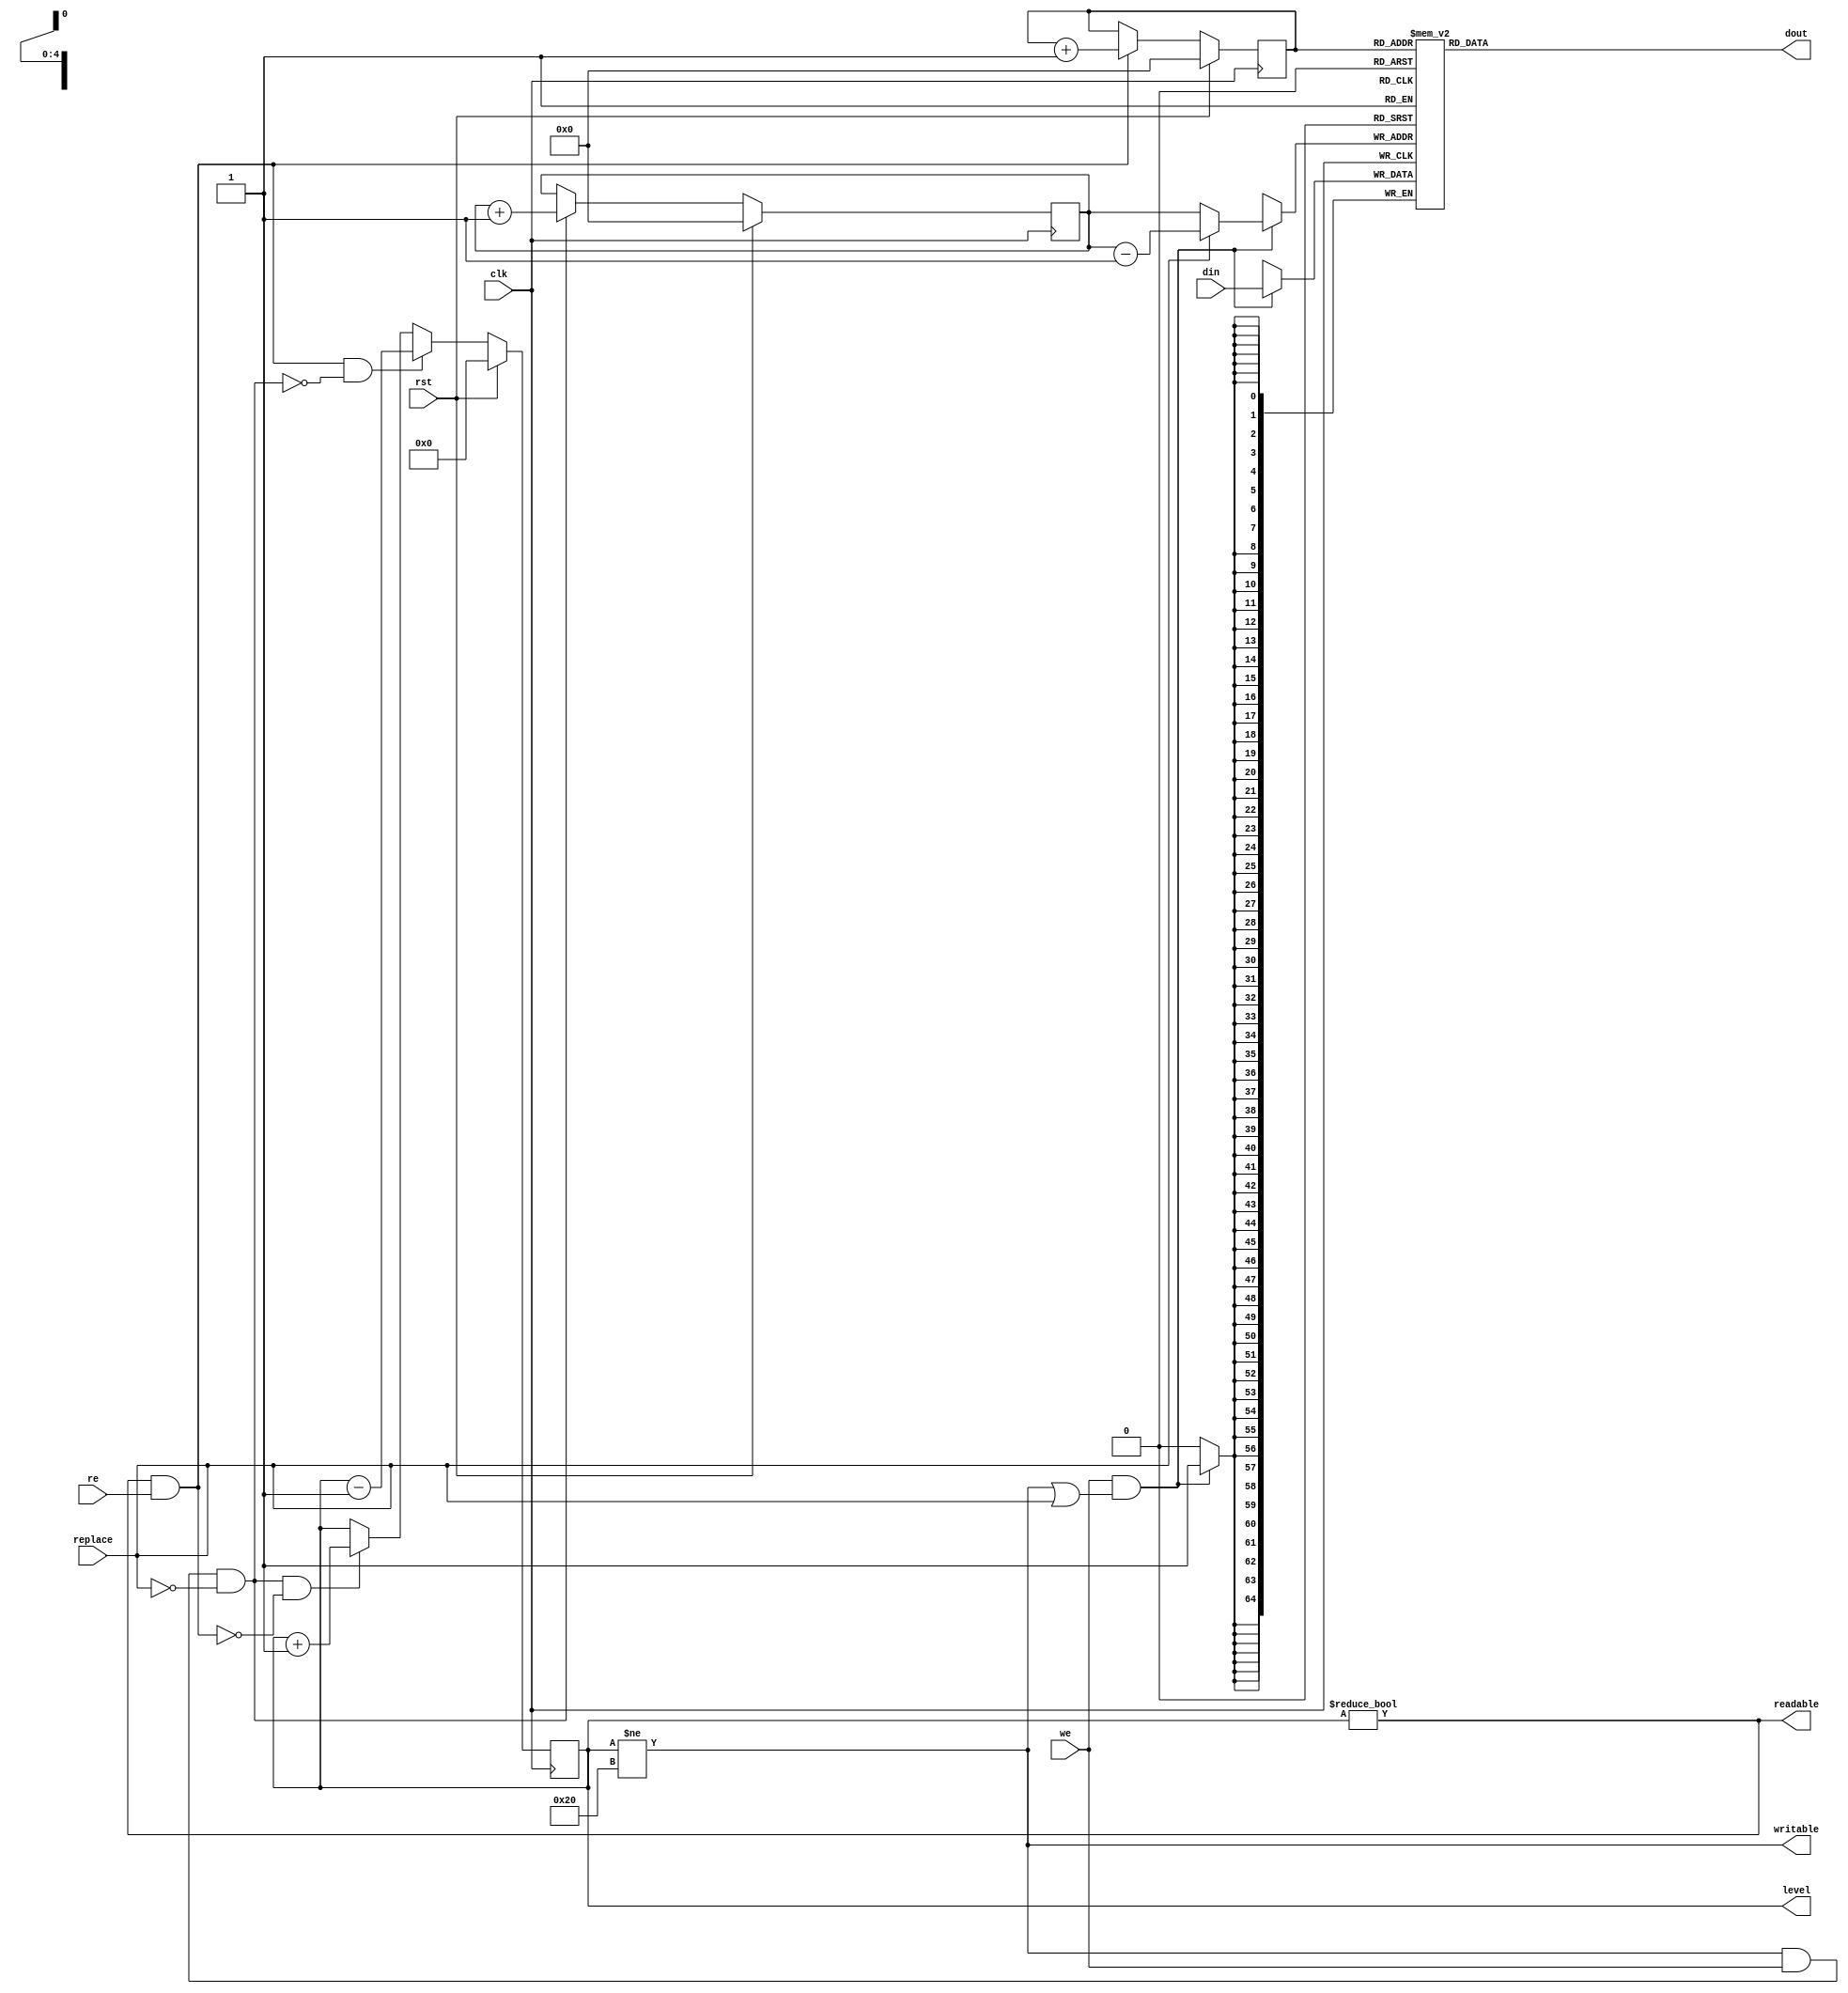
/* Generated by Yosys 0.8+     369 (git sha1 ea0e0722, clang 10.0.1 -fPIC -Os) */

(* \nmigen.hierarchy  = "top.fifo" *)
(* generator = "nMigen" *)
module fifo(we, replace, re, rst, clk, writable, readable, dout, level, din);
  wire \$11 ;
  wire \$13 ;
  wire \$15 ;
  wire \$17 ;
  wire [5:0] \$19 ;
  wire \$2 ;
  wire [5:0] \$20 ;
  wire \$22 ;
  wire [5:0] \$24 ;
  wire [5:0] \$25 ;
  wire \$27 ;
  wire \$29 ;
  wire \$31 ;
  wire \$33 ;
  wire \$34 ;
  wire \$37 ;
  wire [6:0] \$39 ;
  wire \$4 ;
  wire [6:0] \$40 ;
  wire \$42 ;
  wire \$44 ;
  wire \$45 ;
  wire \$47 ;
  wire \$49 ;
  wire \$52 ;
  wire [6:0] \$54 ;
  wire [6:0] \$55 ;
  wire [5:0] \$6 ;
  wire [5:0] \$7 ;
  wire \$9 ;
  (* src = "nmigen/lib/fifo.py:156" *)
  reg [4:0] \$next\consume ;
  (* src = "nmigen/lib/fifo.py:69" *)
  reg [64:0] \$next\dout ;
  (* src = "nmigen/lib/fifo.py:138" *)
  reg [5:0] \$next\level ;
  (* src = "nmigen/lib/fifo.py:155" *)
  reg [4:0] \$next\produce ;
  (* src = "nmigen/hdl/mem.py:81" *)
  reg [4:0] \$next\rdport_storage_r_addr ;
  (* src = "nmigen/lib/fifo.py:70" *)
  reg \$next\readable ;
  (* src = "nmigen/lib/fifo.py:66" *)
  reg \$next\writable ;
  (* src = "nmigen/hdl/mem.py:146" *)
  reg [4:0] \$next\wrport_storage_w_addr ;
  (* src = "nmigen/hdl/mem.py:148" *)
  reg [64:0] \$next\wrport_storage_w_data ;
  (* src = "nmigen/hdl/mem.py:150" *)
  reg \$next\wrport_storage_w_en ;
  (* src = "nmigen/hdl/mem.py:160" *)
  input clk;
  (* init = 5'h00 *)
  (* src = "nmigen/lib/fifo.py:156" *)
  reg [4:0] consume = 5'h00;
  (* src = "nmigen/lib/fifo.py:65" *)
  input [64:0] din;
  (* src = "nmigen/lib/fifo.py:69" *)
  output [64:0] dout;
  (* init = 6'h00 *)
  (* src = "nmigen/lib/fifo.py:138" *)
  output [5:0] level;
  reg [5:0] level = 6'h00;
  (* init = 5'h00 *)
  (* src = "nmigen/lib/fifo.py:155" *)
  reg [4:0] produce = 5'h00;
  (* src = "nmigen/hdl/mem.py:81" *)
  wire [4:0] rdport_storage_r_addr;
  (* src = "nmigen/hdl/mem.py:83" *)
  wire [64:0] rdport_storage_r_data;
  (* src = "nmigen/lib/fifo.py:71" *)
  input re;
  (* src = "nmigen/lib/fifo.py:70" *)
  output readable;
  (* src = "nmigen/lib/fifo.py:139" *)
  input replace;
  (* src = "nmigen/hdl/ir.py:329" *)
  input rst;
  (* src = "nmigen/lib/fifo.py:67" *)
  input we;
  (* src = "nmigen/lib/fifo.py:66" *)
  output writable;
  (* src = "nmigen/hdl/mem.py:146" *)
  wire [4:0] wrport_storage_w_addr;
  (* src = "nmigen/hdl/mem.py:148" *)
  wire [64:0] wrport_storage_w_data;
  (* src = "nmigen/hdl/mem.py:150" *)
  wire wrport_storage_w_en;
  assign \$9  = writable | (* src = "nmigen/lib/fifo.py:161" *) replace;
  assign \$11  = we & (* src = "nmigen/lib/fifo.py:161" *) \$9 ;
  assign \$13  = writable & (* src = "nmigen/lib/fifo.py:149" *) we;
  assign \$15  = ~ (* src = "nmigen/lib/fifo.py:149" *) replace;
  assign \$17  = \$13  & (* src = "nmigen/lib/fifo.py:149" *) \$15 ;
  assign \$20  = produce + (* src = "nmigen/lib/fifo.py:93" *) 1'h1;
  assign \$22  = readable & (* src = "nmigen/lib/fifo.py:148" *) re;
  assign \$25  = consume + (* src = "nmigen/lib/fifo.py:93" *) 1'h1;
  assign \$27  = writable & (* src = "nmigen/lib/fifo.py:149" *) we;
  assign \$2  = level != (* src = "nmigen/lib/fifo.py:144" *) 6'h20;
  assign \$29  = ~ (* src = "nmigen/lib/fifo.py:149" *) replace;
  assign \$31  = \$27  & (* src = "nmigen/lib/fifo.py:149" *) \$29 ;
  assign \$34  = readable & (* src = "nmigen/lib/fifo.py:148" *) re;
  assign \$33  = ~ (* src = "nmigen/lib/fifo.py:177" *) \$34 ;
  assign \$37  = \$31  & (* src = "nmigen/lib/fifo.py:177" *) \$33 ;
  assign \$40  = level + (* src = "nmigen/lib/fifo.py:178" *) 1'h1;
  assign \$42  = readable & (* src = "nmigen/lib/fifo.py:148" *) re;
  assign \$45  = writable & (* src = "nmigen/lib/fifo.py:149" *) we;
  assign \$47  = ~ (* src = "nmigen/lib/fifo.py:149" *) replace;
  assign \$4  = level != (* src = "nmigen/lib/fifo.py:145" *) 1'h0;
  assign \$49  = \$45  & (* src = "nmigen/lib/fifo.py:149" *) \$47 ;
  assign \$44  = ~ (* src = "nmigen/lib/fifo.py:179" *) \$49 ;
  assign \$52  = \$42  & (* src = "nmigen/lib/fifo.py:179" *) \$44 ;
  assign \$55  = level - (* src = "nmigen/lib/fifo.py:180" *) 1'h1;
  assign \$7  = produce - (* src = "nmigen/lib/fifo.py:100" *) 1'h1;
  always @(posedge clk)
      level <= \$next\level ;
  always @(posedge clk)
      consume <= \$next\consume ;
  always @(posedge clk)
      produce <= \$next\produce ;
  reg [64:0] storage [31:0];
  initial begin
    storage[0] = 65'h00000000000000000;
    storage[1] = 65'h00000000000000000;
    storage[2] = 65'h00000000000000000;
    storage[3] = 65'h00000000000000000;
    storage[4] = 65'h00000000000000000;
    storage[5] = 65'h00000000000000000;
    storage[6] = 65'h00000000000000000;
    storage[7] = 65'h00000000000000000;
    storage[8] = 65'h00000000000000000;
    storage[9] = 65'h00000000000000000;
    storage[10] = 65'h00000000000000000;
    storage[11] = 65'h00000000000000000;
    storage[12] = 65'h00000000000000000;
    storage[13] = 65'h00000000000000000;
    storage[14] = 65'h00000000000000000;
    storage[15] = 65'h00000000000000000;
    storage[16] = 65'h00000000000000000;
    storage[17] = 65'h00000000000000000;
    storage[18] = 65'h00000000000000000;
    storage[19] = 65'h00000000000000000;
    storage[20] = 65'h00000000000000000;
    storage[21] = 65'h00000000000000000;
    storage[22] = 65'h00000000000000000;
    storage[23] = 65'h00000000000000000;
    storage[24] = 65'h00000000000000000;
    storage[25] = 65'h00000000000000000;
    storage[26] = 65'h00000000000000000;
    storage[27] = 65'h00000000000000000;
    storage[28] = 65'h00000000000000000;
    storage[29] = 65'h00000000000000000;
    storage[30] = 65'h00000000000000000;
    storage[31] = 65'h00000000000000000;
  end
  always @(posedge clk) begin
    if (\$next\wrport_storage_w_en ) storage[\$next\wrport_storage_w_addr ] <= \$next\wrport_storage_w_data ;
  end
  assign rdport_storage_r_data = storage[\$next\rdport_storage_r_addr ];
  always @* begin
    \$next\writable  = 1'h0;
    \$next\writable  = \$2 ;
  end
  always @* begin
    \$next\readable  = 1'h0;
    \$next\readable  = \$4 ;
  end
  always @* begin
    \$next\wrport_storage_w_addr  = 5'h00;
    \$next\wrport_storage_w_addr  = produce;
    casez (replace)
      1'h1:
          \$next\wrport_storage_w_addr  = \$6 [4:0];
    endcase
  end
  always @* begin
    \$next\wrport_storage_w_data  = 65'h00000000000000000;
    \$next\wrport_storage_w_data  = din;
  end
  always @* begin
    \$next\wrport_storage_w_en  = 1'h0;
    \$next\wrport_storage_w_en  = \$11 ;
  end
  always @* begin
    \$next\produce  = produce;
    casez (\$17 )
      1'h1:
          \$next\produce  = \$19 [4:0];
    endcase
    casez (rst)
      1'h1:
          \$next\produce  = 5'h00;
    endcase
  end
  always @* begin
    \$next\rdport_storage_r_addr  = 5'h00;
    \$next\rdport_storage_r_addr  = consume;
  end
  always @* begin
    \$next\dout  = 65'h00000000000000000;
    \$next\dout  = rdport_storage_r_data;
  end
  always @* begin
    \$next\consume  = consume;
    casez (\$22 )
      1'h1:
          \$next\consume  = \$24 [4:0];
    endcase
    casez (rst)
      1'h1:
          \$next\consume  = 5'h00;
    endcase
  end
  always @* begin
    \$next\level  = level;
    casez (\$37 )
      1'h1:
          \$next\level  = \$39 [5:0];
    endcase
    casez (\$52 )
      1'h1:
          \$next\level  = \$54 [5:0];
    endcase
    casez (rst)
      1'h1:
          \$next\level  = 6'h00;
    endcase
  end
  assign \$6  = \$7 ;
  assign \$19  = \$20 ;
  assign \$24  = \$25 ;
  assign \$39  = \$40 ;
  assign \$54  = \$55 ;
  assign dout = \$next\dout ;
  assign rdport_storage_r_addr = \$next\rdport_storage_r_addr ;
  assign wrport_storage_w_en = \$next\wrport_storage_w_en ;
  assign wrport_storage_w_data = \$next\wrport_storage_w_data ;
  assign wrport_storage_w_addr = \$next\wrport_storage_w_addr ;
  assign readable = \$next\readable ;
  assign writable = \$next\writable ;
endmodule

(* \nmigen.hierarchy  = "top" *)
(* top =  1  *)
(* generator = "nMigen" *)
module top(end_in, data_in, read, replace, rst, clk, data_out, end_out, valid_out, writable, readable, writable16, readable16, valid_in);
  wire \$1 ;
  wire \$3 ;
  (* src = "axihp_fifo.py:11" *)
  reg [63:0] \$next\data_out ;
  (* src = "axihp_fifo.py:14" *)
  reg \$next\end_out ;
  (* src = "nmigen/lib/fifo.py:65" *)
  reg [64:0] \$next\fifo_din ;
  (* src = "nmigen/lib/fifo.py:71" *)
  reg \$next\fifo_re ;
  (* src = "nmigen/lib/fifo.py:67" *)
  reg \$next\fifo_we ;
  (* src = "axihp_fifo.py:22" *)
  reg \$next\readable ;
  (* src = "axihp_fifo.py:25" *)
  reg \$next\readable16 ;
  (* src = "axihp_fifo.py:17" *)
  reg \$next\valid_out ;
  (* src = "axihp_fifo.py:21" *)
  reg \$next\writable ;
  (* src = "axihp_fifo.py:24" *)
  reg \$next\writable16 ;
  (* src = "nmigen/hdl/mem.py:160" *)
  input clk;
  (* src = "axihp_fifo.py:10" *)
  input [63:0] data_in;
  (* src = "axihp_fifo.py:11" *)
  output [63:0] data_out;
  (* src = "axihp_fifo.py:13" *)
  input end_in;
  (* src = "axihp_fifo.py:14" *)
  output end_out;
  (* src = "nmigen/lib/fifo.py:65" *)
  wire [64:0] fifo_din;
  (* src = "nmigen/lib/fifo.py:69" *)
  wire [64:0] fifo_dout;
  (* src = "nmigen/lib/fifo.py:138" *)
  wire [5:0] fifo_level;
  (* src = "nmigen/lib/fifo.py:71" *)
  wire fifo_re;
  (* src = "nmigen/lib/fifo.py:70" *)
  wire fifo_readable;
  (* src = "nmigen/lib/fifo.py:67" *)
  wire fifo_we;
  (* src = "nmigen/lib/fifo.py:66" *)
  wire fifo_writable;
  (* src = "axihp_fifo.py:19" *)
  input read;
  (* src = "axihp_fifo.py:22" *)
  output readable;
  (* src = "axihp_fifo.py:25" *)
  output readable16;
  (* src = "nmigen/lib/fifo.py:139" *)
  input replace;
  (* src = "nmigen/hdl/ir.py:329" *)
  input rst;
  (* src = "axihp_fifo.py:16" *)
  input valid_in;
  (* src = "axihp_fifo.py:17" *)
  output valid_out;
  (* src = "axihp_fifo.py:21" *)
  output writable;
  (* src = "axihp_fifo.py:24" *)
  output writable16;
  assign \$1  = fifo_level >= (* src = "axihp_fifo.py:54" *) 5'h10;
  assign \$3  = fifo_level <= (* src = "axihp_fifo.py:55" *) 4'hc;
  fifo fifo (
    .clk(clk),
    .din(fifo_din),
    .dout(fifo_dout),
    .level(fifo_level),
    .re(fifo_re),
    .readable(fifo_readable),
    .replace(replace),
    .rst(rst),
    .we(fifo_we),
    .writable(fifo_writable)
  );
  always @* begin
    \$next\fifo_we  = 1'h0;
    \$next\fifo_we  = valid_in;
  end
  always @* begin
    \$next\fifo_din  = 65'h00000000000000000;
    \$next\fifo_din  = { data_in, end_in };
  end
  always @* begin
    \$next\fifo_re  = 1'h0;
    \$next\fifo_re  = read;
  end
  always @* begin
    \$next\writable  = 1'h0;
    \$next\writable  = fifo_writable;
  end
  always @* begin
    \$next\readable  = 1'h0;
    \$next\readable  = fifo_readable;
  end
  always @* begin
    \$next\readable16  = 1'h0;
    \$next\readable16  = \$1 ;
  end
  always @* begin
    \$next\writable16  = 1'h0;
    \$next\writable16  = \$3 ;
  end
  always @* begin
    \$next\data_out  = 64'h0000000000000000;
    \$next\data_out  = fifo_dout[64:1];
  end
  always @* begin
    \$next\end_out  = 1'h0;
    \$next\end_out  = fifo_dout[0];
  end
  always @* begin
    \$next\valid_out  = 1'h0;
    \$next\valid_out  = fifo_readable;
  end
  assign valid_out = \$next\valid_out ;
  assign end_out = \$next\end_out ;
  assign data_out = \$next\data_out ;
  assign writable16 = \$next\writable16 ;
  assign readable16 = \$next\readable16 ;
  assign readable = \$next\readable ;
  assign writable = \$next\writable ;
  assign fifo_re = \$next\fifo_re ;
  assign fifo_din = \$next\fifo_din ;
  assign fifo_we = \$next\fifo_we ;
endmodule